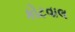
કોટવાલ